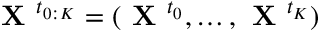
\textbf { X } ^ { t _ { 0 : K } } = ( \textbf { X } ^ { t _ { 0 } } , \ldots , \textbf { X } ^ { t _ { K } } )